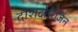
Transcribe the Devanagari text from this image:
दोशदोरिजिन